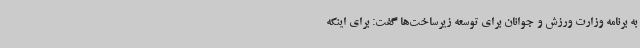
به برنامه وزارت ورزش و جوانان برای توسعه زیرساخت‌ها گفت: برای اینکه